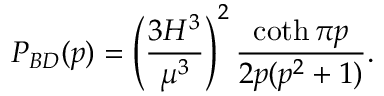
P _ { B D } ( p ) = \left( \frac { 3 H ^ { 3 } } { \mu ^ { 3 } } \right) ^ { 2 } \frac { \coth \pi p } { 2 p ( p ^ { 2 } + 1 ) } .